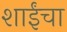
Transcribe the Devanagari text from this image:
शाईंचा